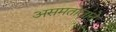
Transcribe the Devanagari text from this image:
असमतोलाने